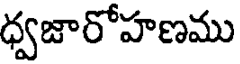
ధ్వజారోహణము